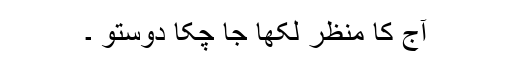
آج کا منظر لکھا جا چکا دوستو ۔